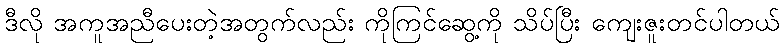
ဒီလို အကူအညီပေးတဲ့အတွက်လည်း ကိုကြင်ဆွေ့ကို သိပ်ပြီး ကျေးဇူးတင်ပါတယ်